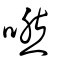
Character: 嘫